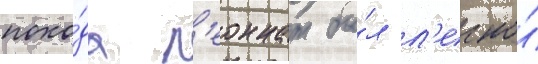
похо́да л'еоннат бы́л л'егко́